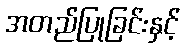
အတည်ပြုခြင်းနှင့်